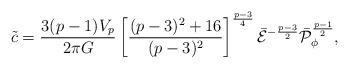
LaTeX: \begin{align*}\tilde{c}={{3(p-1)V_p}\over{2\pi G}}\left[{{(p-3)^2+16}\over{(p-3)^2}}\right]^{{p-3}\over 4}\bar{\cal E}^{-{{p-3}\over 2}}\bar{\cal P}^{{p-1}\over 2}_{\phi},\end{align*}